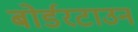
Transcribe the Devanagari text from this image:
बोर्डरटाउन